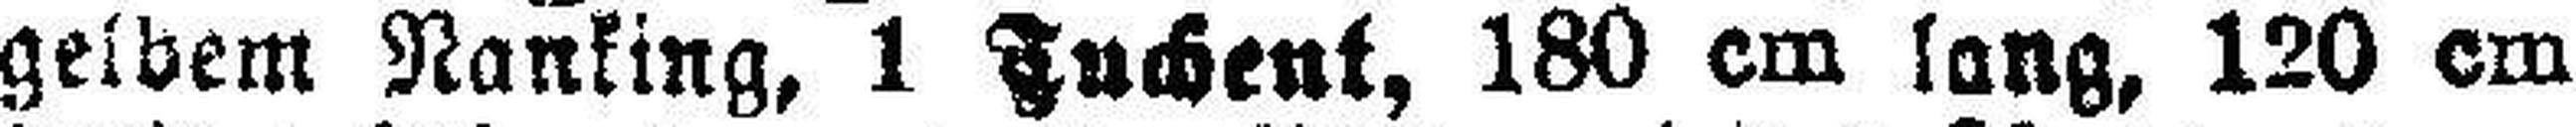
gelbem Nanking, 1 Tuchent, 180 cm lang, 120 cm